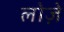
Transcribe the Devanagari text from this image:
लोज़े